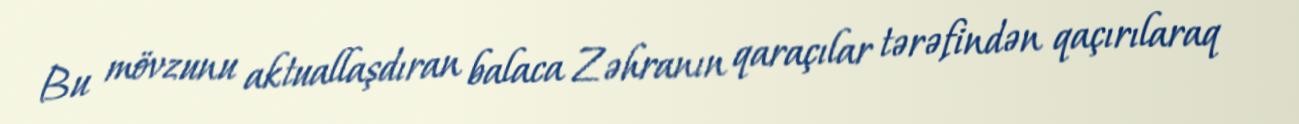
Bu mövzunu aktuallaşdıran balaca Zəhranın qaraçılar tərəfindən qaçırılaraq